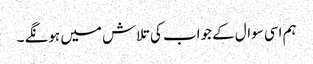
ہم اسی سوال کے جواب کی تلاش میں ہونگے ۔